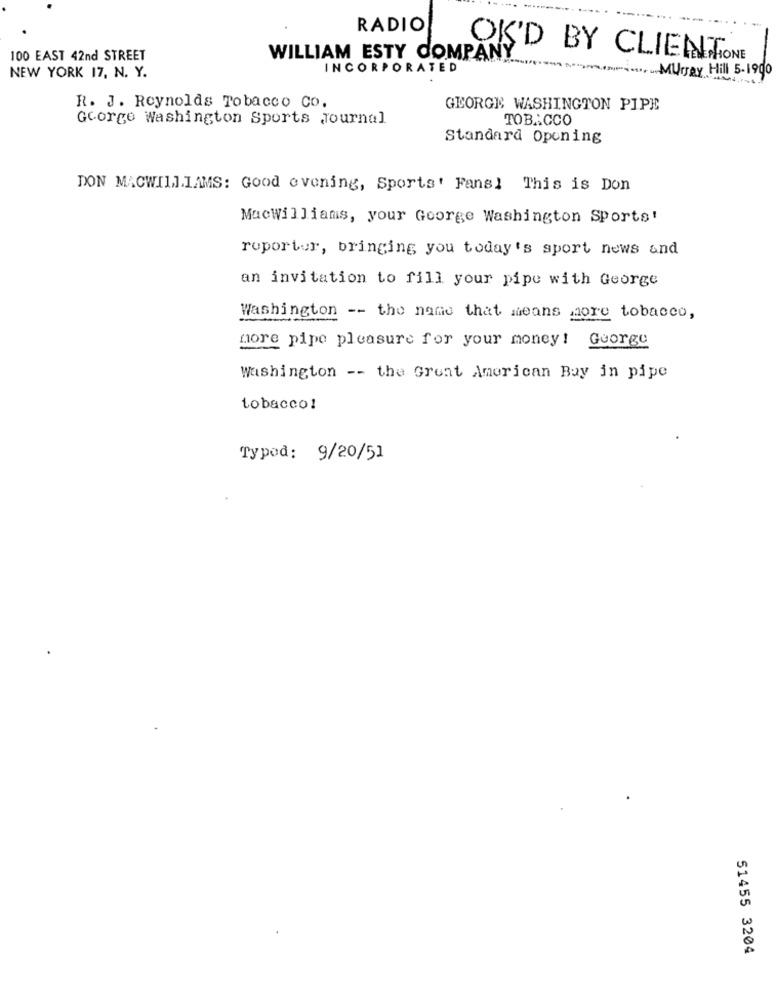
RADIO
100 EAST 42nd STREET
WILLIAM ESTY COMPANY
OK'D BY CLIENTONE
INCORPORATED
Minnes ... .. Murray Hill 5-1900
NEW YORK 17, N. Y.
R. J. Reynolds Tobacco Co.
GEORGE WASHINGTON PIPE
George Washington Sports Journal
TOB .: CCO
Standard Opening
DON MACWILLIAMS: Good evening, Sports' Fans] This is Don
MacWilliams, your George Washington Sports!
ruportur, bringing you today's sport news and
an invitation to fill your pipe with George
Washington -- the name that means more tobacco,
more pipe pleasure for your money! George
Washington -- the Great American Boy in pipe
tobacco!
Typed: 9/20/51
51455 3204